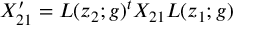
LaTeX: { \cal X } _ { 2 1 } ^ { \prime } = L ( z _ { 2 } ; g ) ^ { t } { \cal X } _ { 2 1 } L ( z _ { 1 } ; g ) ~ ~ ~ ~ ~